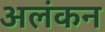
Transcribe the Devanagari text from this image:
अलंकन